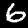
Digit: 6